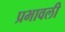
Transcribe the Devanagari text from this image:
प्रभावली